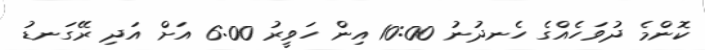
ކޮންމެ ދުވަހެއްގެ ހެނދުނު 10:00 އިން ހަވީރު 6:00 އަށް އަދި ރޭގަނޑު